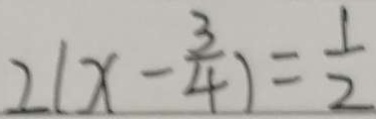
2 ( x - \frac { 3 } { 4 } ) = \frac { 1 } { 2 }